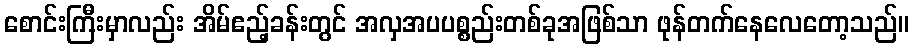
စောင်းကြီးမှာလည်း အိမ်ဧည့်ခန်းတွင် အလှအပပစ္စည်းတစ်ခုအဖြစ်သာ ဖုန်တက်နေလေတော့သည်။